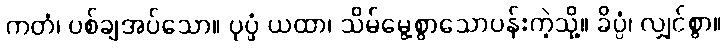
ကတံ၊ ပစ်ချအပ်သော။ ပုပ္ဖံ ယထာ၊ သိမ်မွေ့စွာသောပန်းကဲ့သို့။ ခိပ္ပံ၊ လျှင်စွာ။